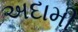
અદામી